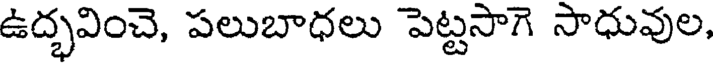
ఉద్భవించె, పలుబాధలు పెట్టసాగె సాధువుల,